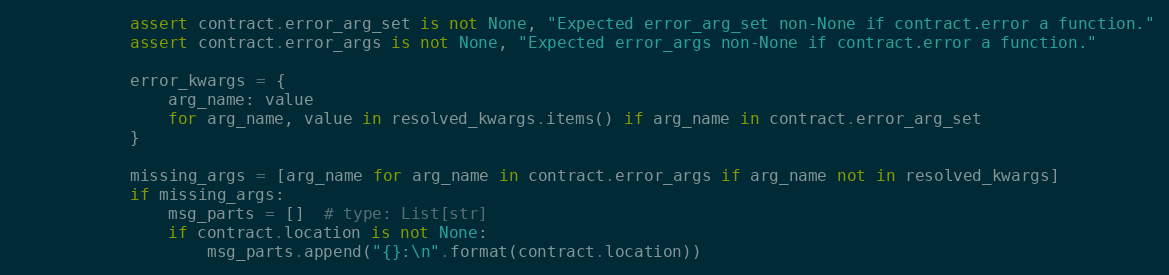
Language: Python
            assert contract.error_arg_set is not None, "Expected error_arg_set non-None if contract.error a function."
            assert contract.error_args is not None, "Expected error_args non-None if contract.error a function."

            error_kwargs = {
                arg_name: value
                for arg_name, value in resolved_kwargs.items() if arg_name in contract.error_arg_set
            }

            missing_args = [arg_name for arg_name in contract.error_args if arg_name not in resolved_kwargs]
            if missing_args:
                msg_parts = []  # type: List[str]
                if contract.location is not None:
                    msg_parts.append("{}:\n".format(contract.location))